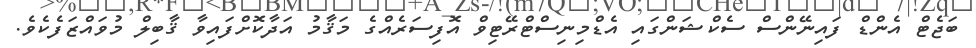
ބަޖެޓް އެންޑް ފައިނޭންސް ސެކްޝަންގައި އެޑްމިނިސްޓްރޭޓިވް އޮފިސަރެއްގެ މަޤާމު އަދާކޮށްފައިވާ ޤާބިލް މުވައްޒަފެކެވެ.